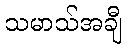
သမာသ်အချီ